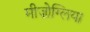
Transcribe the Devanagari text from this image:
मीज़ोग्लिया